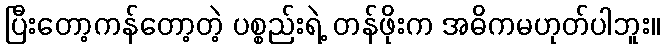
ပြီးတော့ကန်တော့တဲ့ ပစ္စည်းရဲ့ တန်ဖိုးက အဓိကမဟုတ်ပါဘူး။